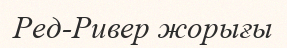
Ред-Ривер жорығы